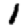
Digit: 1